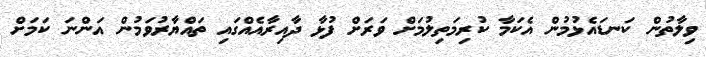
ވިލާތުން ކަނޑައެޅުމުން އެކަމާ ކުރިމަތިލުމަށް ވަރަށް ފުޅާ ދާއިރާއެއްގައި ތައްޔާރުވަމުން އަންނަ ކަމަށް